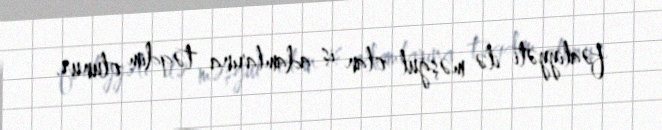
fəaliyyəti ilə məşğul olan iş adamlarına təqdim olunur.